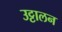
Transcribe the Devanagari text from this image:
उट्टालन